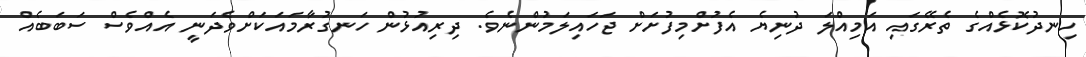
ހިނދުކޮޅެއްގެ ތެރޭގައި އަމިއްލަ ދުނިޔެ އެފުށްމިފުށަށް ޖަހައިލަމުންނެވެ. ދިރިއުޅުން ހަނގުރާމައަކަށްވެދަނީ އެއްވެސް ސަބަބެއް